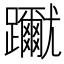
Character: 𨇳